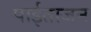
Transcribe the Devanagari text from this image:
पाईताजन